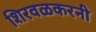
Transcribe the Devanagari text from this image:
शिरवळकरनी